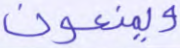
ويمنعون